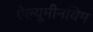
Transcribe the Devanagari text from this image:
ऐल्यूमीनयिम